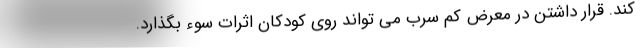
کند. قرار داشتن در معرض کم سرب می تواند روی کودکان اثرات سوء بگذارد.